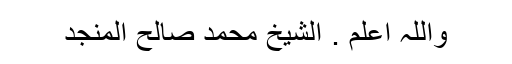
واللہ اعلم . الشیخ محمد صالح المنجد